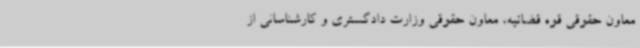
معاون حقوقی قوه قضائیه، معاون حقوقی وزارت دادگستری و کارشناسانی از